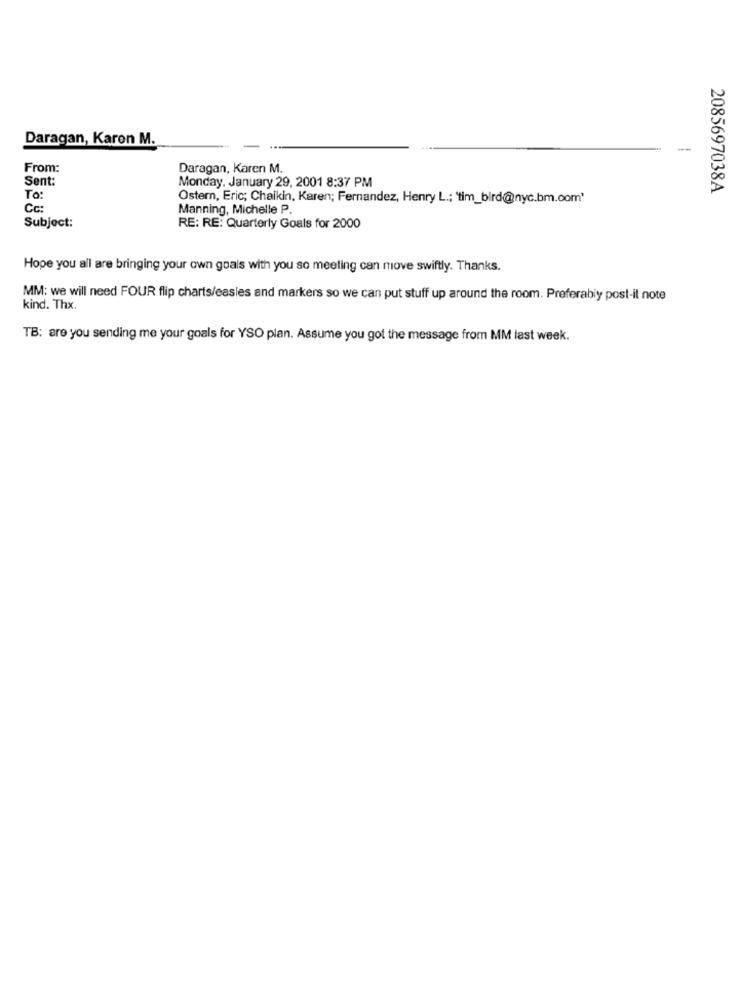
Daragan, Karon M.
--
From:
Daragan, Karen M.
Sent:
Monday, January 29, 2001 8:37 PM
2085697038A
To:
Ostern, Eric; Chalkin, Karen; Fernandez, Henry L .: 'tim_bird@nyc.bm.com'
Cc:
Manning, Michelle P.
Subject:
RE: RE: Quarterly Goals for 2000
Hope you all are bringing your own goals with you so meeting can move swiftly. Thanks.
MM: we will need FOUR flip charts/easles and markers so we can put stuff up around the room. Preferably post-it note
kind. Thx.
TB: are you sending me your goals for YSO plan. Assume you got the message from MM last week.